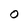
Character: o